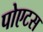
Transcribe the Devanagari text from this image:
पोएटस